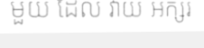
មួយ ដែល វាយ អក្សរ